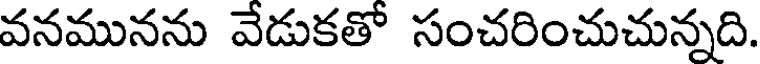
వనమునను వేడుకతో సంచరించుచున్నది.